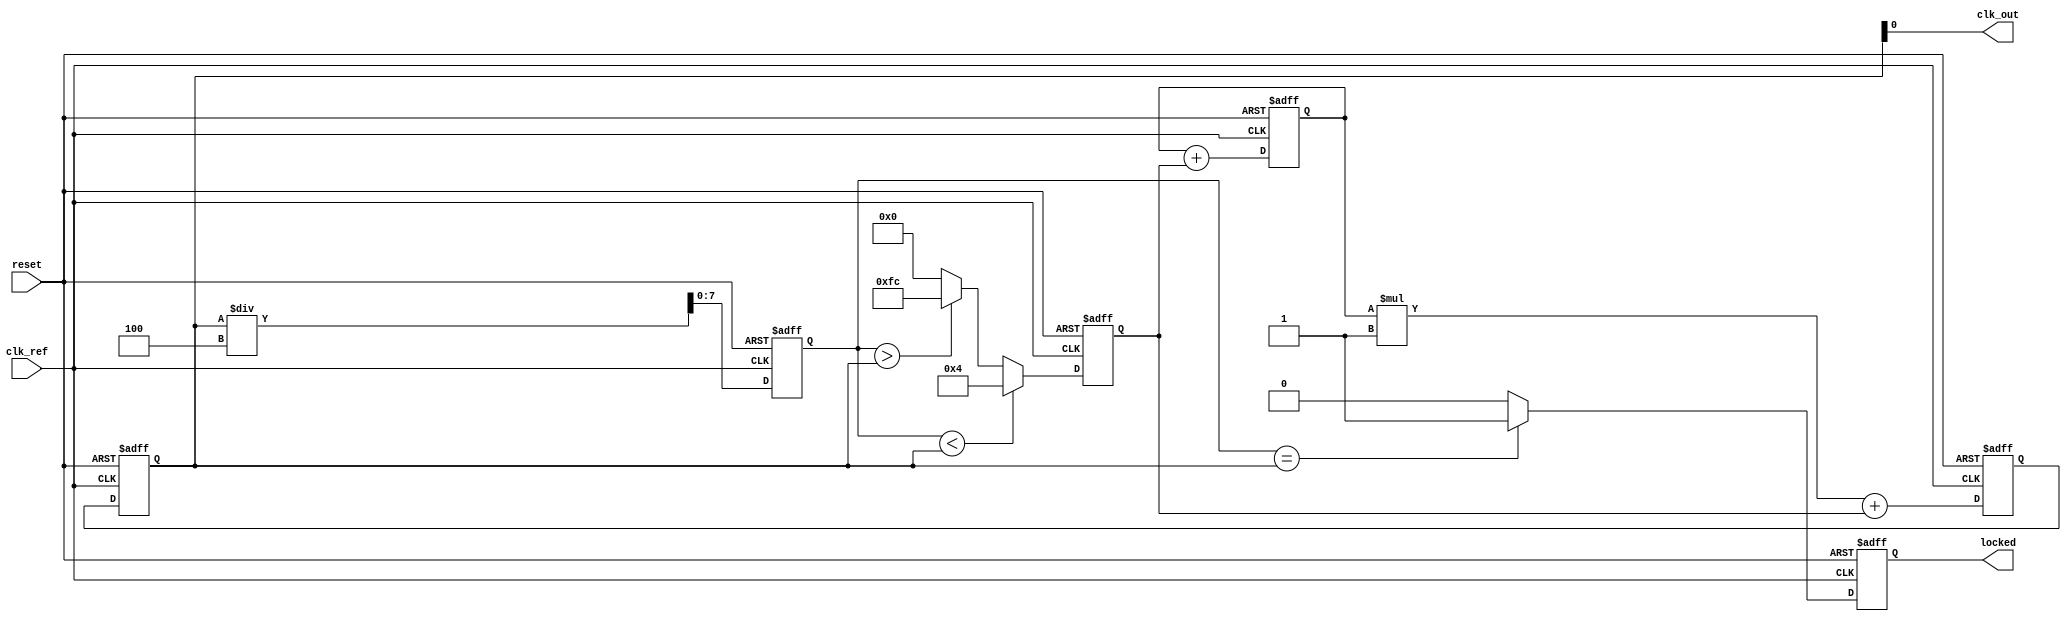
module pll_type2 (
    input wire clk_ref,           // Reference clock input
    input wire reset,             // Asynchronous reset
    output wire clk_out,          // Output clock
    output wire locked            // Lock status output
);

    // Parameters
    parameter N_DIV = 4;          // Division ratio
    parameter Kp = 4;             // Proportional gain
    parameter Ki = 1;             // Integral gain

    // Internal signals
    reg [7:0] phase_error;        // Phase error signal
    reg [15:0] control_voltage;    // Control voltage for VCO
    reg [7:0] vco_output;         // VCO output frequency
    reg [7:0] feedback;           // Feedback from divider
    reg locked_reg;               // Lock state register
    reg [15:0] integral;          // Integral component for loop filter

    // Phase Detector (PD)
    always @(posedge clk_ref or posedge reset) begin
        if (reset) begin
            phase_error <= 0;
        end else begin
            // Simple phase detection logic (could be implemented differently)
            if (feedback < vco_output)
                phase_error <= Kp;  // Phase is leading
            else if (feedback > vco_output)
                phase_error <= -Kp; // Phase is lagging
            else
                phase_error <= 0;    // In phase
        end
    end

    // Loop Filter (LF) - PI controller
    always @(posedge clk_ref or posedge reset) begin
        if (reset) begin
            integral <= 0;
            control_voltage <= 0;
        end else begin
            integral <= integral + phase_error;
            control_voltage <= integral * Ki + phase_error; // Control voltage output
        end
    end

    // Voltage-Controlled Oscillator (VCO)
    always @(posedge clk_ref or posedge reset) begin
        if (reset) begin
            vco_output <= 8'd0;
        end else begin
            // Simple linear VCO model; frequency output is controlled by control voltage
            vco_output <= control_voltage[7:0]; // Assuming control voltage scales to output
        end
    end

    // Feedback Divider (N-divider)
    always @(posedge clk_ref or posedge reset) begin
        if (reset) begin
            feedback <= 0;
        end else begin
            feedback <= vco_output / N_DIV; // Divide the VCO output
        end
    end

    // Lock detection logic
    always @(posedge clk_ref or posedge reset) begin
        if (reset) begin
            locked_reg <= 0;
        end else begin
            locked_reg <= (feedback == vco_output) ? 1 : 0; // Check if locked
        end
    end

    assign clk_out = vco_output; // Output clock signal
    assign locked = locked_reg;  // Lock status output

endmodule